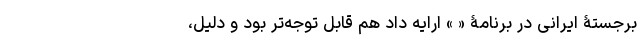
برجستۀ ایرانی در برنامۀ « » ارایه داد هم قابل توجه‌تر بود و دلیل،